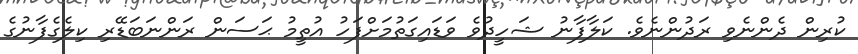
ކުރިން ދެންނެވި ރަދުންނެވެ. ކަލާފާނު ޝަހީދުވެ ވަޑައިގަތުމަށްފަހު އުތީމު ޙަސަން ރަންނަބަޑޭރި ކިލެގެފާނުގެ